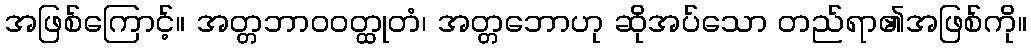
အဖြစ်ကြောင့်။ အတ္တဘာဝဝတ္ထုတံ၊ အတ္တဘောဟု ဆိုအပ်သော တည်ရာ၏အဖြစ်ကို။